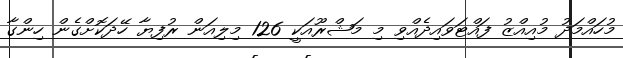
މުހައްމަދު މުއިއްޒު ފައްޓަވައިދެއްވި މި މަޝްރޫއަކީ 126 މިލިއަން ރުފިޔާ ހޭދަކޮށްގެން ހިންގާ